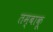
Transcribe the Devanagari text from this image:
तम्‍बाकू